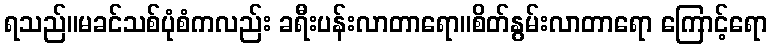
ရသည်။မခင်သစ်ပုံစံကလည်း ခရီးပန်းလာတာရော။စိတ်နွမ်းလာတာရော ကြောင့်ရော